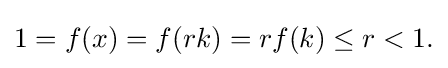
{\textstyle 1=f(x)=f(rk)=rf(k)\leq r<1.}